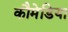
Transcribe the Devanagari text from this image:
कौमेडिया